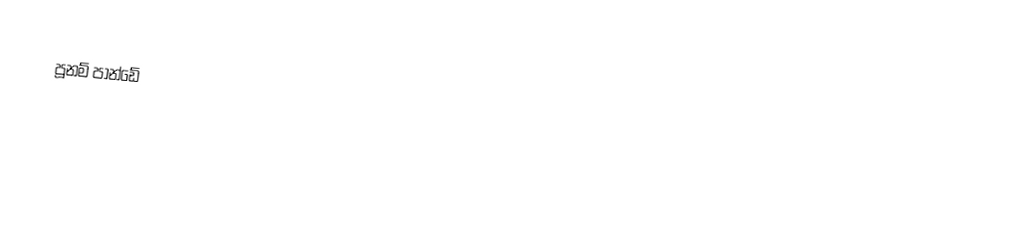
පූනම් පාන්ඩේ